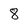
Character: 8